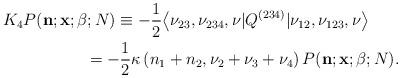
LaTeX: \begin{gather*}K_4 P({\bf n}; {\bf x}; {\bf \beta};N) \equiv -\frac12 \big\langle \nu_{23}, \nu_{234}, \nu|Q^{(234)}|\nu_{12}, \nu_{123}, \nu\big\rangle \\\hphantom{K_4 P({\bf n}; {\bf x}; {\bf \beta};N)}{} = -\frac12 \kappa\left(n_1+n_2, \nu_2+\nu_3+\nu_4\right) P({\bf n}; {\bf x}; {\bf \beta};N) . \end{gather*}